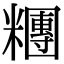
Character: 糰